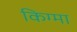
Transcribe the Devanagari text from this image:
किग्मा